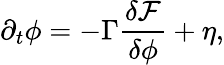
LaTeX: \partial_{t}\phi=-\Gamma\frac{\delta{\cal F}}{\delta\phi}+\eta,